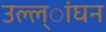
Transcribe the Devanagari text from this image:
उल्ल्ांघन